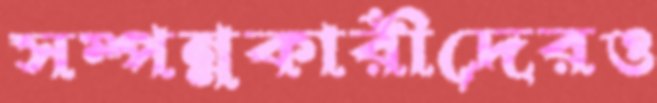
সম্পন্নকারীদেরও